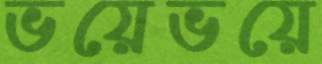
ভয়েভয়ে